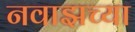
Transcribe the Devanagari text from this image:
नवाझच्या